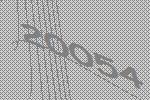
20054